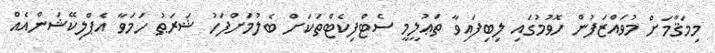
މިމަޤާމަށް މުވައްްޒަފުން ހޮވުމުގައި ލިބިފައިވާ ތަޢުލީމީ ސެޓްފިކެޓްތަަކަށް ބެލުމަށްފަހު ޝަރަޠު ހަމަވާ އެޕްލިކޭޝަންއެއް